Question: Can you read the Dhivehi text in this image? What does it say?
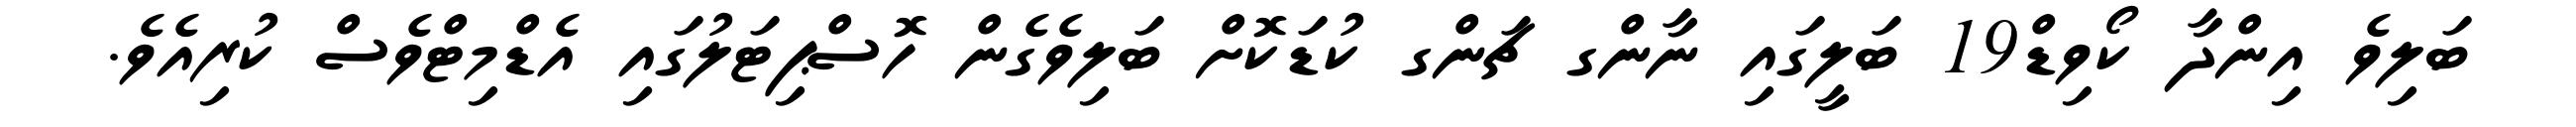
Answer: ބަލިވެ އިންދާ ކޯވިޑ19ް ބަލީގައި ނާންގ ޗަންގ ކުޑަކޮށް ބަލިވެގެން ހޮސްޕިޓަލުގައި އެޑްމިޓްވެސް ކުރިއެވެ.